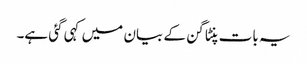
یہ بات پنٹاگن کے بیان میں کہی گئی ہے۔